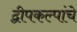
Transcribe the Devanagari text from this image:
द्वीपकल्पांचे